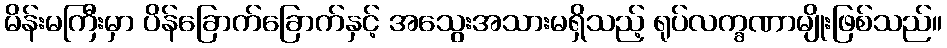
မိန်းမကြီးမှာ ပိန်ခြောက်ခြောက်နှင့် အသွေးအသားမရှိသည့် ရုပ်လက္ခဏာမျိုးဖြစ်သည်။